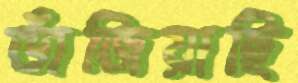
ভাঁজিয়াছি